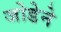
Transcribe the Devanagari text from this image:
जोडेने